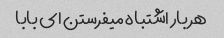
هر بار اشتباه میفرستن ای بابا